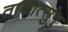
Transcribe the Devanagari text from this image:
ताकात्सुगु